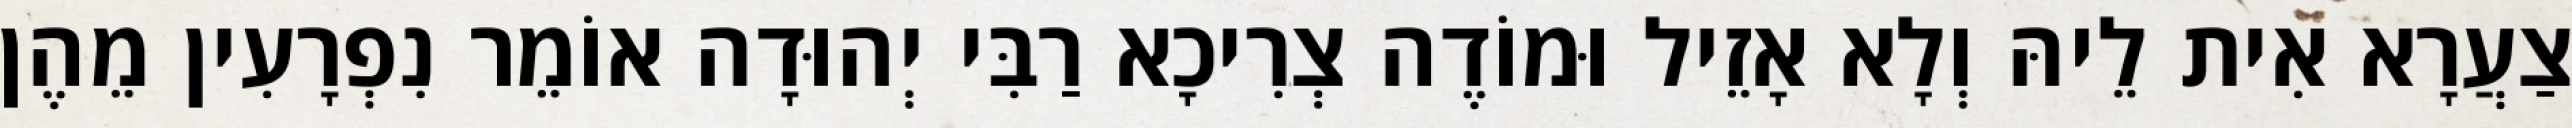
צַעֲרָא אִית לֵיהּ וְלָא אָזֵיל וּמוֹדֶה צְרִיכָא רַבִּי יְהוּדָה אוֹמֵר נִפְרָעִין מֵהֶן